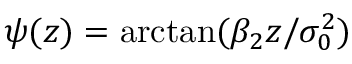
\psi ( z ) = \arctan ( \beta _ { 2 } z / \sigma _ { 0 } ^ { 2 } )